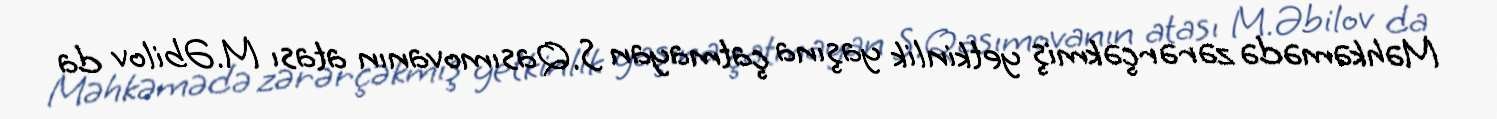
Məhkəmədə zərərçəkmiş yetkinlik yaşına çatmayan S.Qasımovanın atası M.Əbilov da